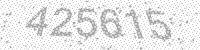
Solution: 425615